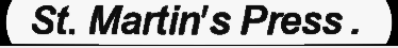
St. Martin's Press .